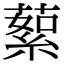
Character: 蕠